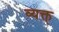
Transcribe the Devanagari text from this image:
व्यक्त्